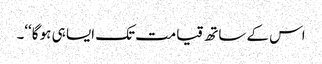
اس کے ساتھ قیامت تک ایسا ہی ہو گا‘‘۔